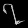
Digit: ၇